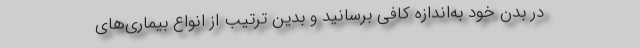
در بدن خود به‌اندازه کافی برسانید و بدین ترتیب از انواع بیماری‌های